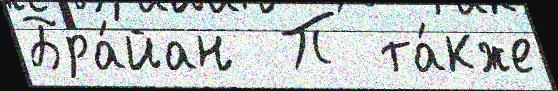
Бра́йан  П та́кже